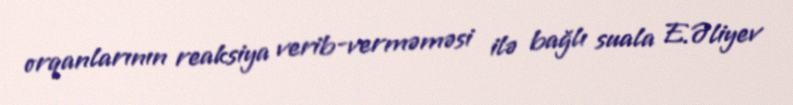
orqanlarının reaksiya verib-verməməsi ilə bağlı suala E.Əliyev